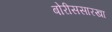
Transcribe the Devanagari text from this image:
बोरीससारखा